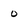
Character: 0